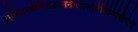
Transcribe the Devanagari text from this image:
गृहीत्वास्थीनितद्भस्मनीत्वातोयेविनिक्षिपेत्